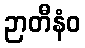
ဉာတီနံဝ